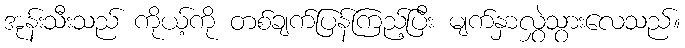
အုန်းသီးသည် ကိုယ့်ကို တစ်ချက်ပြန်ကြည့်ပြီး မျက်နှာလွှဲသွားလေသည်။